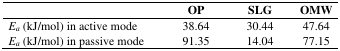
|  | OP | SLG | OMW |
 | --- | --- | --- | --- |
 | Ea (kJ/mol) in active mode | 38.64 | 30.44 | 47.64 |
 | Ea (kJ/mol) in passive mode | 91.35 | 14.04 | 77.15 |